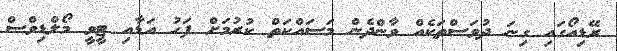
ރޭޑިއޯގައި ގިނަ ދުވަސްތަކެއް ވާންދެން މަސައްކަތް ކުރުމަށް ފަހު އަޑާއި ޓީވީ މޯލްޑިވްސް